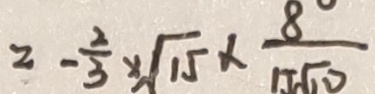
= - \frac { 2 } { 3 } \times \sqrt { 1 5 } \times \frac { 8 } { 1 5 \sqrt { 1 0 } }